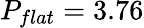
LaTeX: P_{flat}=3.76